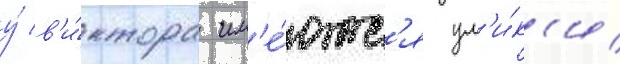
у́ в'и́ктора им'е́ютс'я ул'и́к'и